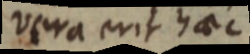
vera erit haec